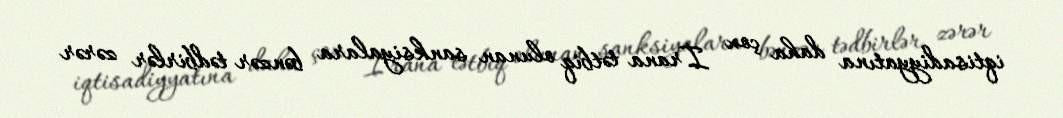
iqtisadiyyatına daha çox İrana tətbiq olunan sanksiyalara bənzər tədbirlər zərər